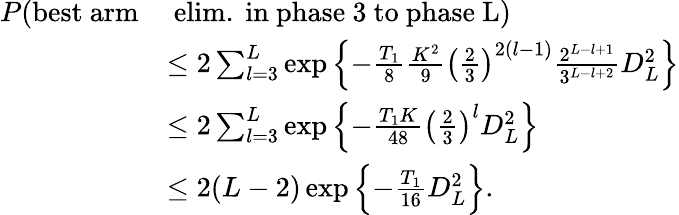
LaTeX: \begin{array}{rl}{P(\mathrm{best~arm}}&{\mathrm{~elim.~in~phase~3~to~phase~L})}\\ &{\le 2\sum_{l=3}^{L}\exp\left\{ -\frac{T_{1}}{8}\frac{K^{2}}{9}\left(\frac{2}{3}\right)^{2(l-1)}\frac{2^{L-l+1}}{3^{L-l+2}}D_{L}^{2}\right\} }\\ &{\le 2\sum_{l=3}^{L}\exp\left\{ -\frac{T_{1}K}{48}\left(\frac{2}{3}\right)^{l}D_{L}^{2}\right\} }\\ &{\le 2(L-2)\exp\left\{ -\frac{T_{1}}{16}D_{L}^{2}\right\} .}\end{array}